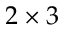
2 \times 3